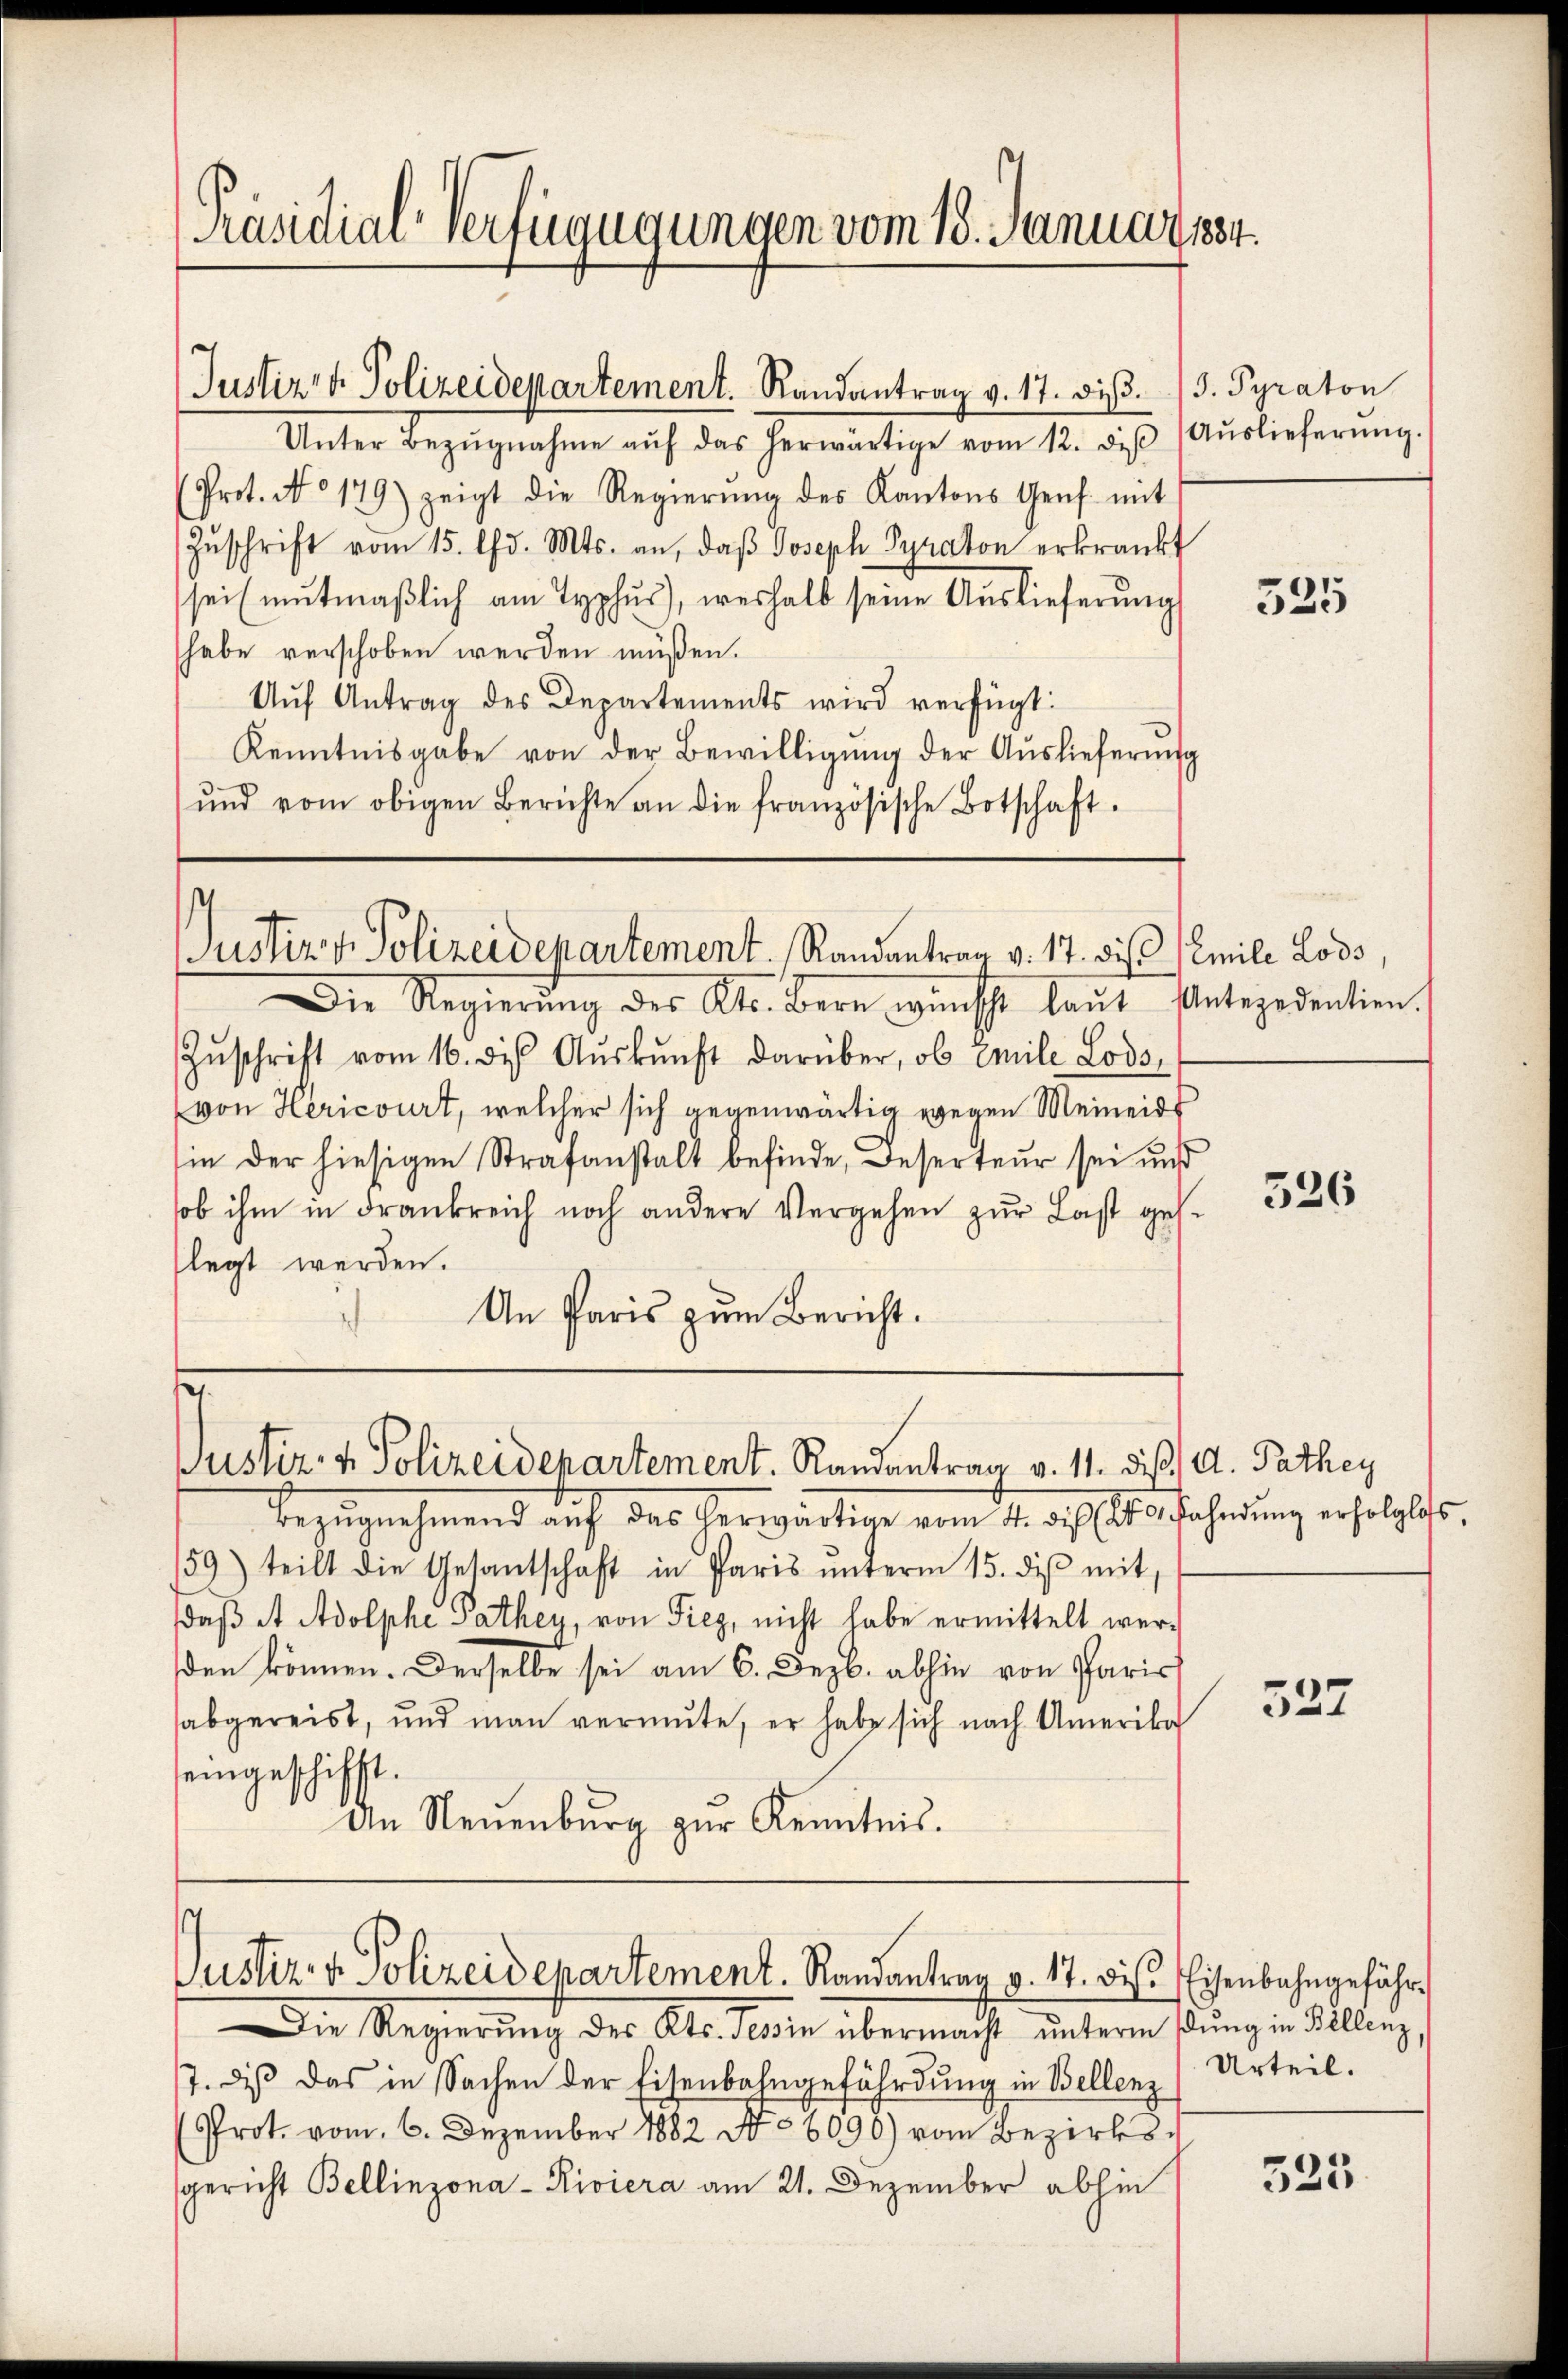
[Präsidial-Verfügugungen vom 18. Januar 1884.

Justiz- & Polizeidepartement. Randantrag v. 17. diβ. J. Pyraton
Unter Bezŭgnahme aŭf das herwärtige vom 12. diβ (Aŭslieferŭng.
Prot. No 179) zeigt die Regierŭng des Kantons Genf mit
Zŭschrift vom 15. Chr. Mts. an, daβ Joseph Pyraton erkrankt
seil mutmaβlich am Typhus), weshalb seine Auslieferŭng
habe verschoben werden müßen.
Aŭf Antrag des Departements wird verfügt:
Kenntnisgabe von der Bewilligung der Auslieferung
ŭnd vom obigen Berichte an die französische Botschaft.

Justiz & Polizeidepartement. Randantrag v. 17. des Semile Loos,

Die Regierung des Kts. Bern wünsche laut Unteredention.
Zŭschrift vom 16. des Aŭskŭnft darüber, ob mile Lods
(von Hericourt, welcher sich gegenwärtig wegen Meineids
in der hiesigen Strafanstalt befinde, Deserteur sei uns
sob ihm in Frankreich noch andere Vergehen zŭr Last ges.
flegt werden.
An Paris zum Bericht.

2
Justiz- & Polizeidepartement. Randantrag v. 11. die A. Pathey

Bezugnehmend auf das herwärtige vom 4. die 2. 3. Fahndung erfolglos,
159) teilt die Gesantschaft in Paris ŭnterm 15. di mit
daβ et Adolphe Cathey, von Fiez, nicht habe ermittelt wer-
den können. Derselbe sei am 6. Dezb. abhin von Paris
sabgereist, und man vermute, er habe sich nach Amerika
eingeschifft.
An Neuenburg zŭr Kenntnis.

Justiz. v. Polizeidepartement. Randantrag v. 17. bis Eisenbahngefähr

Die Regierŭng des Kts. Sein übermacht ŭnterm Pŭng in Billenz,
7. dis das in Sachen der Eisenbahngefährdung in Bellenz (Urteil.
(Prot. vom 6. Dezember 1882 No 6090) vom Bezirkssgericht Bellinzona - Riviera am 21. Dezember abhin

525

526

327

525